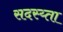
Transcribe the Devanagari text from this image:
सदस्य्ता